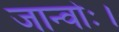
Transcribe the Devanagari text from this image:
जान्वोः।